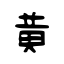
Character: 黃